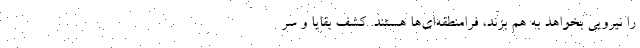
را نیرویی بخواهد به هم بزند، فرامنطقه‌ای‌ها هستند. کشف بقایا و سر